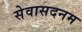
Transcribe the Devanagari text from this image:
सेवासदनम